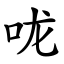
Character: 咙